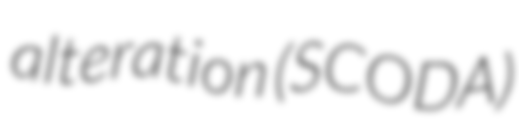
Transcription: alteration (SCODA)